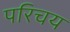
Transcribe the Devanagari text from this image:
परिचय